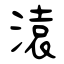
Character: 溒